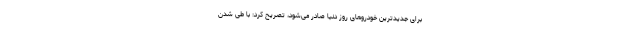
برای جدیدترین خودروهای روز دنیا صادر می‌شود، تصریح کرد: با طی شدن